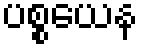
ပစ္စယေန